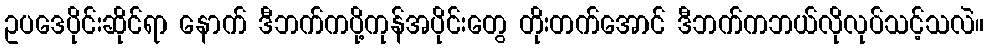
ဥပဒေပိုင်းဆိုင်ရာ နောက် ဒီဘက်ကပို့ကုန်အပိုင်းတွေ တိုးတက်အောင် ဒီဘက်ကဘယ်လိုလုပ်သင့်သလဲ။